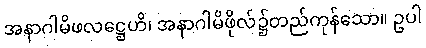
အနာဂါမိဖလဋ္ဌေဟိ၊ အနာဂါမိဖိုလ်၌တည်ကုန်သော။ ဥပါ